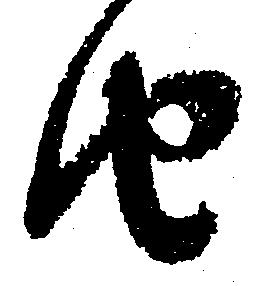
由